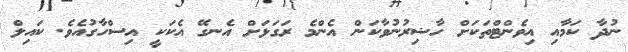
ނުދާ ކަމާއި އިވެންޓްތަކަށް ހާޟިރުނުވާކަން އެންމެ ރަގަޅަށް އެނގޭ އެކަކީ އިސްހާގުއެވެ. ކައިލް